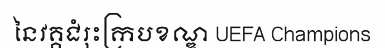
នៃវគ្គជំរុះក្របខណ្ឌ UEFA Champions